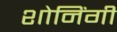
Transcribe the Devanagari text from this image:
शोनिंगी